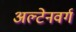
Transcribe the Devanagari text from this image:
अल्टेनवर्ग